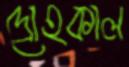
দ্রোহকাল